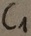
Text: C1